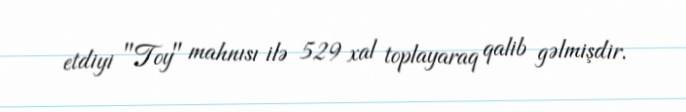
etdiyi "Toy" mahnısı ilə 529 xal toplayaraq qalib gəlmişdir.